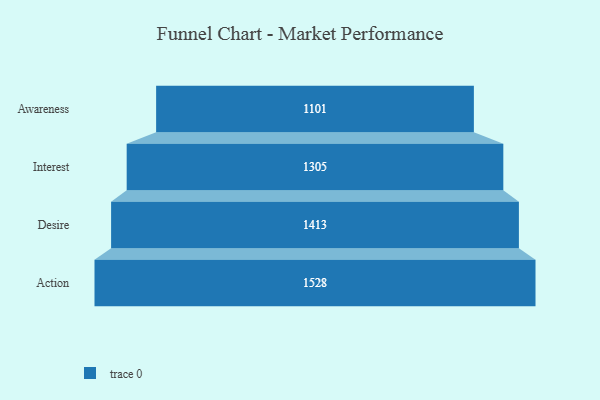
{"axis": {"x": "Stage", "y": "Value"}, "legend": [""], "data": [{"x": "Awareness", "y": 1101.0, "type": ""}, {"x": "Interest", "y": 1305.0, "type": ""}, {"x": "Desire", "y": 1413.0, "type": ""}, {"x": "Action", "y": 1528.0, "type": ""}]}